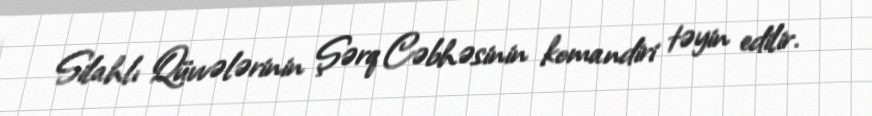
Silahlı Qüvvələrinin Şərq Cəbhəsinin komandiri təyin edilir.